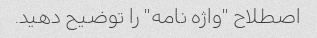
اصطلاح "واژه نامه" را توضیح دهید.